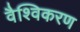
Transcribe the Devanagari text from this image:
वैश्विकरण